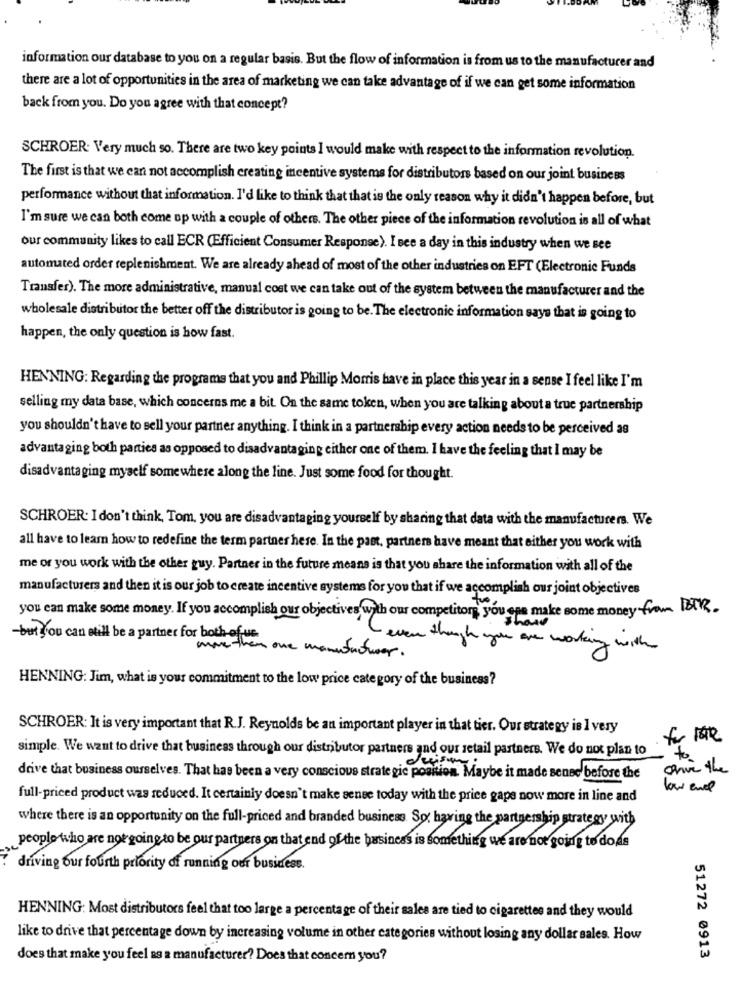
information our database to you on a regular basis. But the flow of information is from us to the manufacturer and
there are a lot of opportunities in the area of marketing we can take advantage of if we can get some information
back from you. Do you agree with that concept?
SCHROER: Very much so. There are two key points I would make with respect to the information revolution.
The first is that we can not accomplish creating incentive systems for distributors based on our joint business
performance without that information. I'd like to think that that is the only reason why it didn't happen before, but
I'm sure we can both come up with a couple of others. The other piece of the information revolution is all of what
our community likes to call ECR (Efficient Consumer Response). I see a day in this industry when we see
automated order replenishment. We are already ahead of most of the other industries on EFT (Electronic Funds
Transfer). The more administrative, manual cost we can take out of the system between the manufacturer and the
wholesale distributor the better off the distributor is going to be. The electronic information says that is going to
happen, the only question is how fast.
HENNING: Regarding the programs that you and Phillip Morris have in place this year in a sense I feel like I'm
selling my data base, which concerns me a bit. On the same token, when you are talking about a true partnership
you shouldn't have to sell your partner anything. I think in a partnership every action needs to be perceived as
advanta ging both parties as opposed to disadvantageng either one of them. I have the feeling that I may be
disadvantageng myself somewhere along the line. Just some food for thought.
SCHROER: I don't think, Tom, you are disadvantageng yourself by sharing that data with the manufacturers. We
all have to learn how to redefine the term partner hese. In the past, partners have meant that either you work with
me or you work with the other guy. Partner in the future means is that you share the information with all of the
manufacturers and then it is our job to create incentive systems for you that if we accomplish our joint objectives
you can make some money. If you accomplish our objectives with our competitors you are make some money from BIR.
Shove
-butyou can still be a partner for both ofue
even though you are working with
more than one manufacturer.
HENNING: Jim, what is your commitment to the low price category of the business?
SCHROER: It is very important that R.J. Reynolds be an important player in that tier. Our strategy is I very
for the
simple. We want to drive that business through our distributor partners and our retail partners. We do not plan to
to
Drive the
drive that business ourselves. That has been a very conscious strate gic position. Maybe it made sense before the
low end
full-priced product was reduced. It certainly doesn't make senee today with the price gape now more in line and
where there is an opportunity on the full-priced and branded business So, having the partnership strategy with
people who are not going to be our partners on that end of the business is something we are not going to doas
driving our fourth priority of running our business.
HENNING: Most distributors feel that too large a percentage of their sales are tied to cigarettes and they would
like to drive that percentage down by increasing volume in other categories without losing any dollar sales. How
does that make you feel as a manufacturer? Does that concern you?
51272 0913